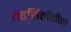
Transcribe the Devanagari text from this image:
तहसिलीतील